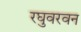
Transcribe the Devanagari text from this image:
रघुवरवन